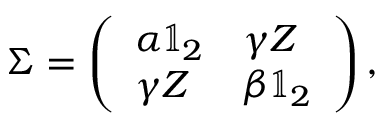
\Sigma = \left( \begin{array} { l l } { \alpha \mathbb { 1 } _ { 2 } } & { \gamma Z } \\ { \gamma Z } & { \beta \mathbb { 1 } _ { 2 } } \end{array} \right) ,